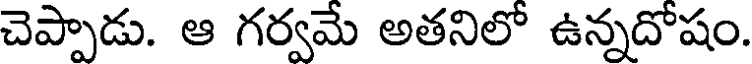
చెప్పాడు. ఆ గర్వమే అతనిలో ఉన్నదోషం.